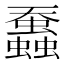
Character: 䘉